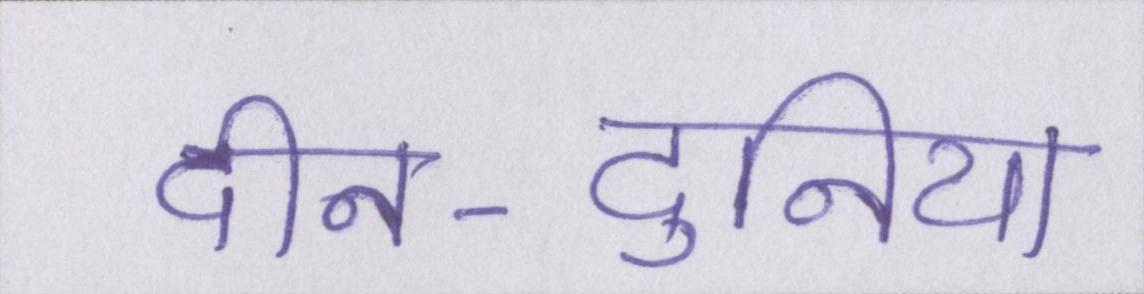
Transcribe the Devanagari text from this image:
दीन-दुनिया